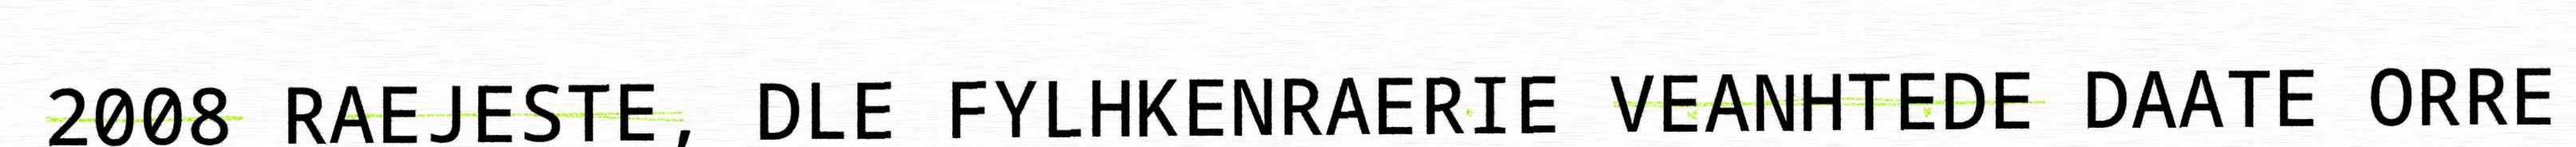
2008 RAEJESTE, DLE FYLHKENRAERIE VEANHTEDE DAATE ORRE